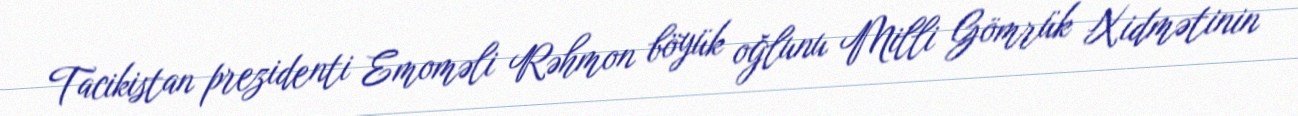
Tacikistan prezidenti Emoməli Rəhmon böyük oğlunu Milli Gömrük Xidmətinin